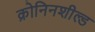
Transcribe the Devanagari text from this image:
क्रोनिनशील्ड